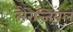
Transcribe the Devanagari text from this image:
लैरेन्जियल